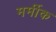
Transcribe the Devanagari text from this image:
मर्मीक